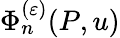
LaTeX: \Phi_{n}^{(\varepsilon)}(P,u)